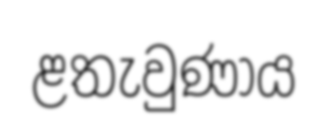
ළතැවුණාය